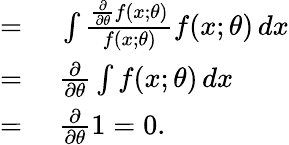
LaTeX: \begin{array}{rl}{={}}&{{}\int{\frac{{\frac{\partial}{\partial\theta}}f(x;\theta)}{f(x;\theta)}}f(x;\theta)\, dx}\\ {={}}&{{}{\frac{\partial}{\partial\theta}}\int f(x;\theta)\, dx}\\ {={}}&{{}{\frac{\partial}{\partial\theta}}1=0.}\end{array}